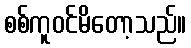
စစ်ကူဝင်မိတော့သည်။